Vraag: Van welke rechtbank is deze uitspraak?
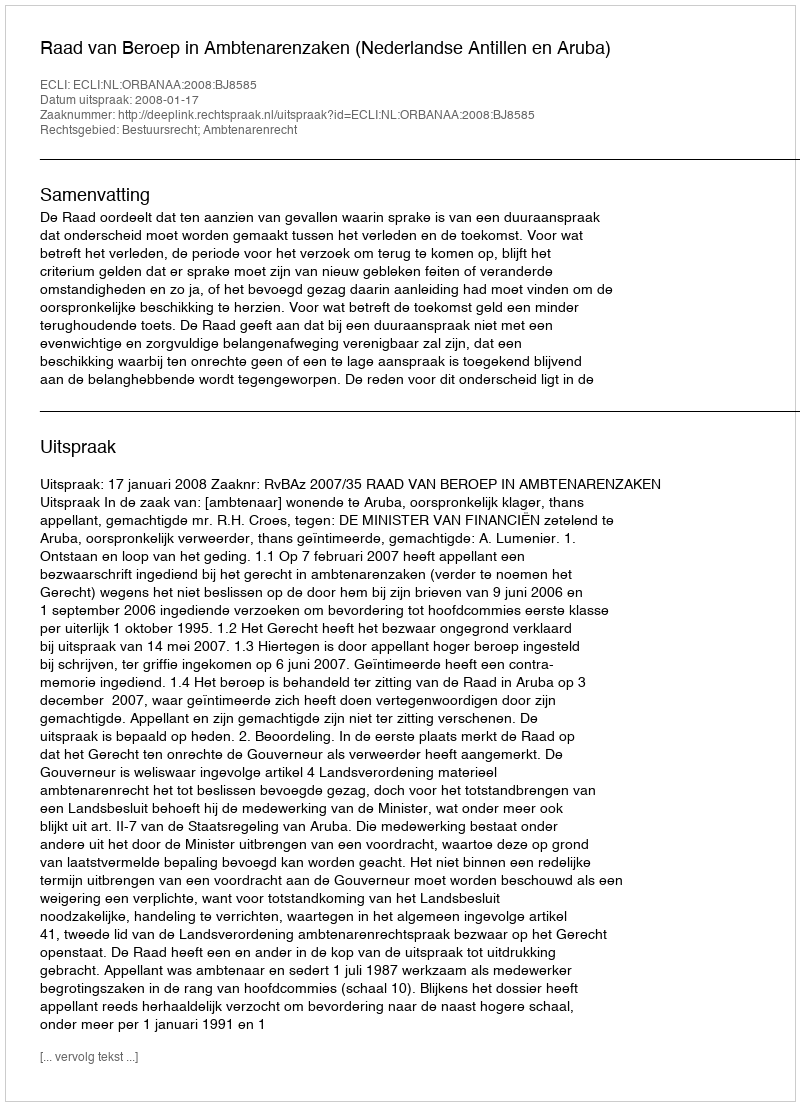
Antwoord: Raad van Beroep in Ambtenarenzaken (Nederlandse Antillen en Aruba)